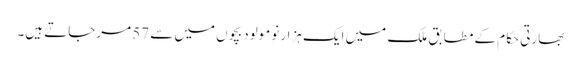
بھارتی حکام کے مطابق ملک میں ایک ہزار نومولود بچوں میں سے 57 مرجاتے ہیں۔